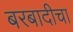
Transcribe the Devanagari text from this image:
बरबादीचा